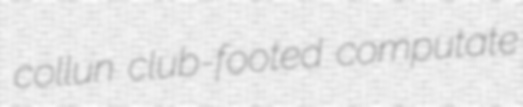
collun club-footed computate